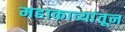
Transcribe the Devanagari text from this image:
महाकाव्यांतून